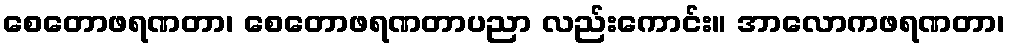
စေတောဖရဏတာ၊ စေတောဖရဏတာပညာ လည်းကောင်း။ အာလောကဖရဏတာ၊